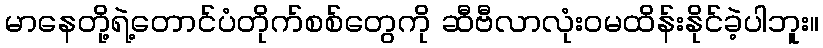
မာနေတို့ရဲ့တောင်ပံတိုက်စစ်တွေကို ဆီဗီလာလုံးဝမထိန်းနိုင်ခဲ့ပါဘူး။